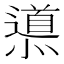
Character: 𨗳